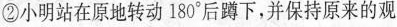
②小明站在原地转动180°后蹲下，并保持原来的观